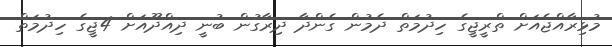
މުޅިރާއްޖެއަށް ތްރީޖީގެ ހިދުމަތް ދެމުން ގެންދާ ދިރާގުން ބުނީ ދިއްދޫއަށް 4ޖީގެ ހިދުމަތް